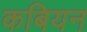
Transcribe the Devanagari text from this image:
कबियन